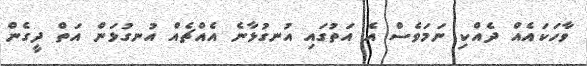
ވާހަކައެއް ދެއްކި ނަމަވެސް އެ އަތުގައި އުނގުޅާނެ އެއްޗެއް އުނގުޅަން އަތް ދީގެން